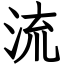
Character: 流